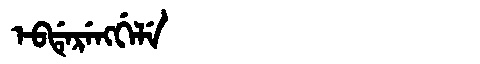
Manchu: ᡝᠪᡩᡝᡵᡝᠩᡤᡝᠯᡝ
Romanization: EBDERENGGELE